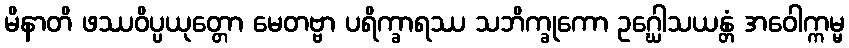
မိနာတိ ဖဿဝိပ္ပယုတ္တော မေတဗ္ဗာ ပရိက္ခာရဿ သဘိက္ခုကော ဥဂ္ဃေါသယန္တံ အဝေါက္ကမ္မ